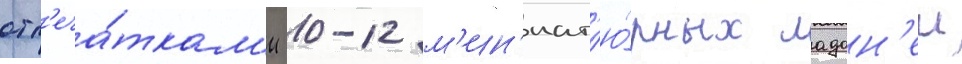
отп'еча́ткам'и 10-12 м'ин'иат'ю́рных ладон'еи